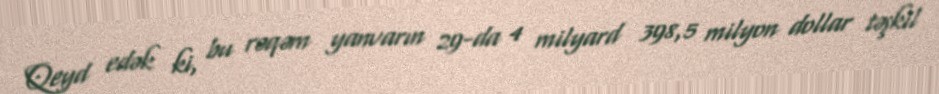
Qeyd edək ki, bu rəqəm yanvarın 29-da 4 milyard 398,5 milyon dollar təşkil